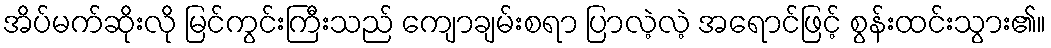
အိပ်မက်ဆိုးလို မြင်ကွင်းကြီးသည် ကျောချမ်းစရာ ပြာလဲ့လဲ့ အရောင်ဖြင့် စွန်းထင်းသွား၏။